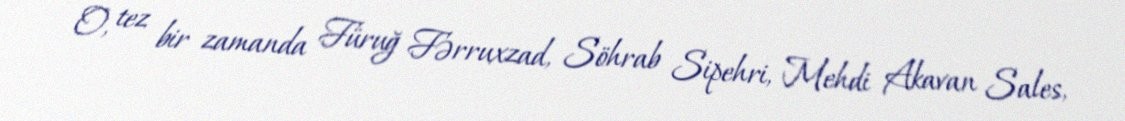
O, tez bir zamanda Füruğ Fərruxzad, Söhrab Sipehri, Mehdi Akavan Sales,